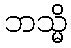
ဘသ္မိ